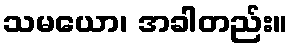
သမယော၊ အခါတည်း။